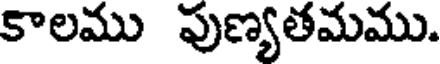
కాలము పుణ్యతమము.